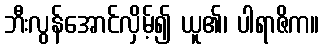
ဘီးလွန်အောင်လှိမ့်၍ ယူ၏၊ ပါရာဇိက။